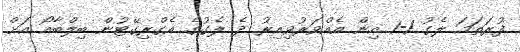
ފުރަތަމަ ލެގު 1-1 އިން އެއްވަރުވިއިރު ދެ ލެގުގެ އެގްރިގޭޓުން ބިލްބާއޯ އަށް